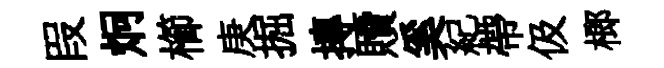
叚炯櫛庚掘摶贖奚紀帶伋榔